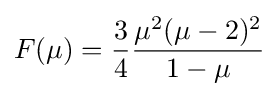
F(\mu )={\frac {3}{4}}{\mu ^{2}(\mu -2)^{2} \over 1-\mu }